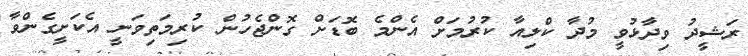
ރަޝީދު ވިދާޅުވީ މުދާ ކްލިއާ ކުރުމަށް އެންމެ ބޮޑަށް ގޮންޖެހުން ކުރިމަތިވަނީ އެކަށީގެންވާ